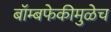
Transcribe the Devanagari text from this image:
बॉम्बफेकीमुळेच